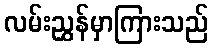
လမ်းညွှန်မှာကြားသည်